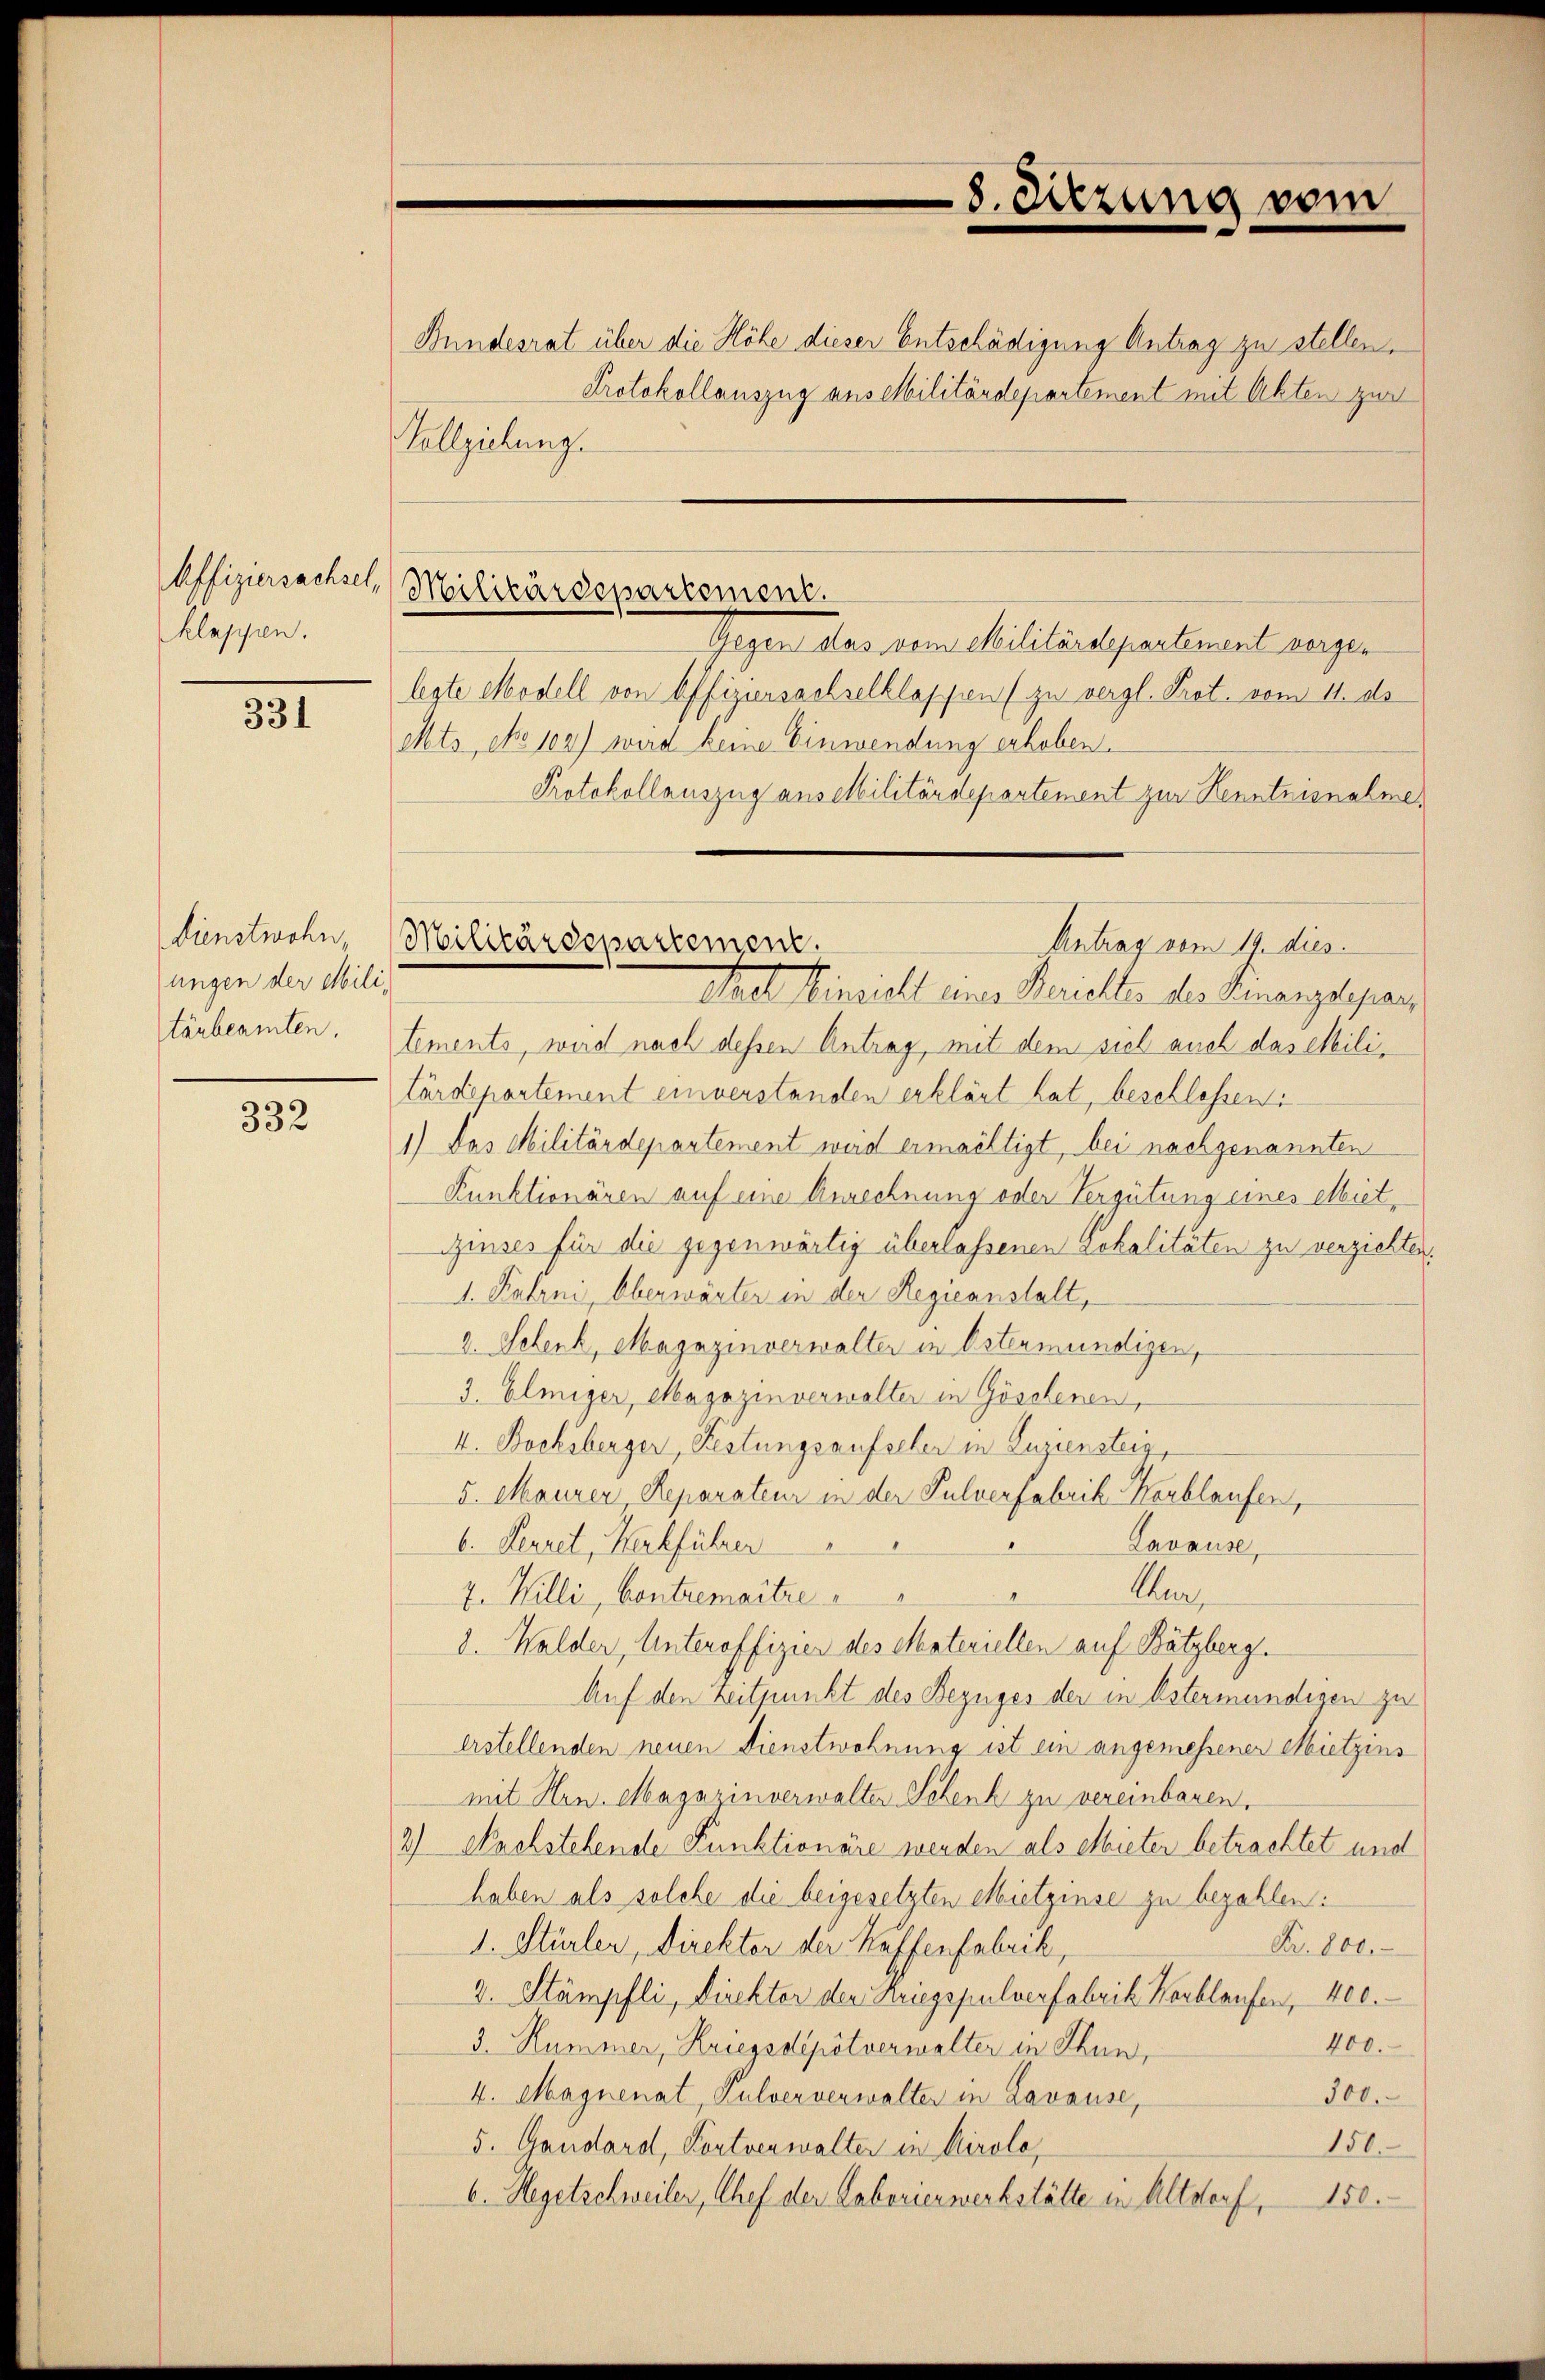
Offiziersachsel,
klappen.

331

Dienstwohn
ungen der Militärbeamten.

332

Militärdepartement.

8. Sitzung vom

Bundesrat über die Höhe dieser Entschädigung Antrag zu stellen.
Protokollauszug aus Militärdepartement mit Akten zur
Vollziehung.

Militärdepartement.
Antrag vom 19. dies
eel Heinricht eines Marielle der Finanzdepar

Gegen das vom Militärdepartement verger
legte Modell von Offiziensachselklappen (zu vergl. Prot. vom 11. ds
Mts No 102) wird keine Einwendung erhoben.
Protokollauszug aus Militärdepartement zur Kenntnisnahme,
tements, wird nach dessen Antrag, mit dem viel auch das Militärdepartement einverstanden erklärt hat, beschlossen:
1) Das Militärdepartement weid ermächtigt, bei nachgenannten
Kunktionären auf eine Anrechnung oder Vergütung eines Miet¬
Zinses für die gegenwärtig überlassenen Lokalitäten zu verzichten.
d. Fahrni, Oberwärter in der Regieanstalt,
V. Schenk, Magazinverwalter in Ostenmündigen,
3. Elmiger, Magazinverwalter in Göschenen,
V. Bockiberger, Festungsaufseher in Luriensteig,
5. Maurer, Reparateur in der Pulverfabrik Kerblaufen,
Lavause,
b. Perret, Kerkführer
2
Anr,
7. Willi, Contremaitre
8. Walder, Unteroffizier des Materiellen auf Bützberg.
Auf den Zeitpunkt des Bezuges der in Estermündigen zu
Erstellenden neuen Dienstwohnung ist ein angemessener Mietzins
mit Hrn. Magazinverwalter Schenk zu vereinbaren.
2) Nachstehende Funktionäre werden als Mieter betrachtet und
haben als solche die beigesetzten Mietzinse zu bezahlen:
1. Stürler, Direktor der Kaffenfabrik,
Nr. 800.
2. Stämpfli, Direktor der Kriegspulverfabrik Karblaufen, 400.
400.
3. Hummer, Kriegsdipötverwalter in Thun,
300.
4. Maynenat, Pulververwalter in Lavause,
150.
5. Gandard, Kortverwalter in Airole,
6. Hegetschweiler, Chef der Laborierwerkstätte in Altdorf, 150.